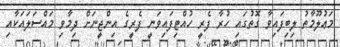
މަޢުލޫމާތު ލިބިފައިވާ ގޮތުގައި ހުރާ ފެރީ ހުއްޓިފައިވަނީ ފެރީގެ އިންޖީނަށް ދިމާވި މައްސަލައަކާއި